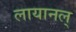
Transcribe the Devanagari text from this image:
लायानल्